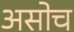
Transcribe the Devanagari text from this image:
असोच